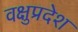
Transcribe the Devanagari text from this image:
वक्षुप्रदेश